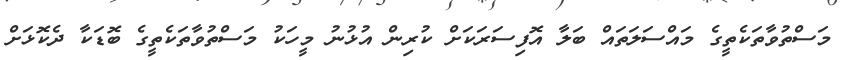
މަސްތުވާތަކެތީގެ މައްސަލަތައް ބަލާ އޮފިސަރަކަށް ކުރިން އުޅުނު މީހަކު މަސްތުވާތަކެތީގެ ބޮޑަކާ ދެކޮޅަށް